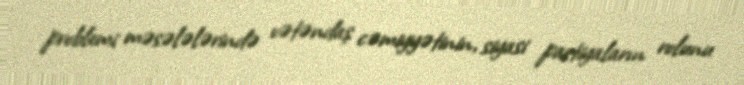
problemi məsələlərində vətəndaş cəmiyyətinin, siyasi partiyaların rolunu